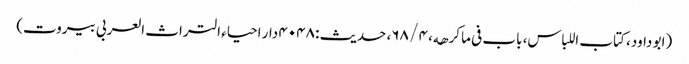
(ابو داود، کتاب اللباس، باب فی ما کرھه، ۴ / ۶۸، حدیث : ۴۰۴۸ دار احیاء التراث العربی بیروت)